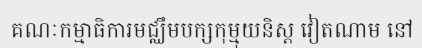
គណៈកម្មាធិការមជ្ឈឹមបក្សកុម្មុយនិស្ត វៀតណាម នៅ